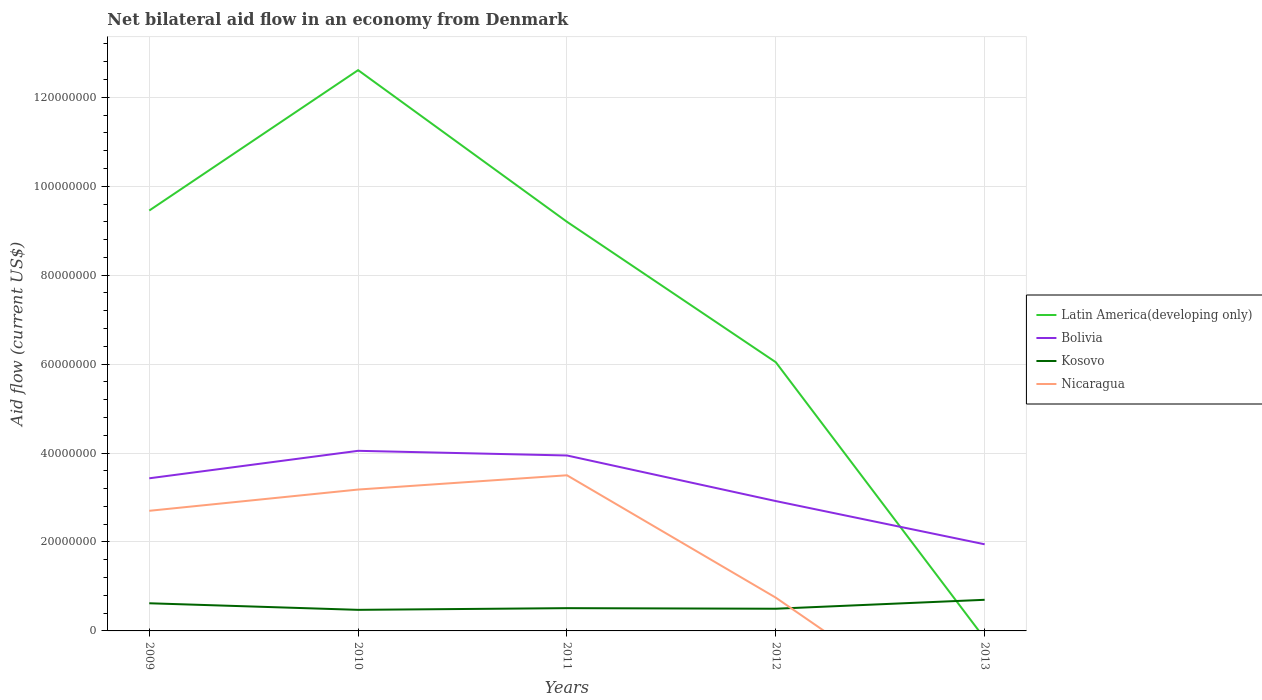
| Years | Latin America(developing only) | Bolivia | Kosovo | Nicaragua |
 | --- | --- | --- | --- | --- |
 | 2009 | 9.45e+07 | 3.43e+07 | 6.22e+06 | 2.7e+07 |
 | 2010 | 1.26e+08 | 4.05e+07 | 4.74e+06 | 3.18e+07 |
 | 2011 | 9.2e+07 | 3.94e+07 | 5.12e+06 | 3.5e+07 |
 | 2012 | 6.04e+07 | 2.92e+07 | 4.99e+06 | 7.48e+06 |
 | 2013 | -1.69e+06 | 1.95e+07 | 7e+06 | -2.49e+07 |